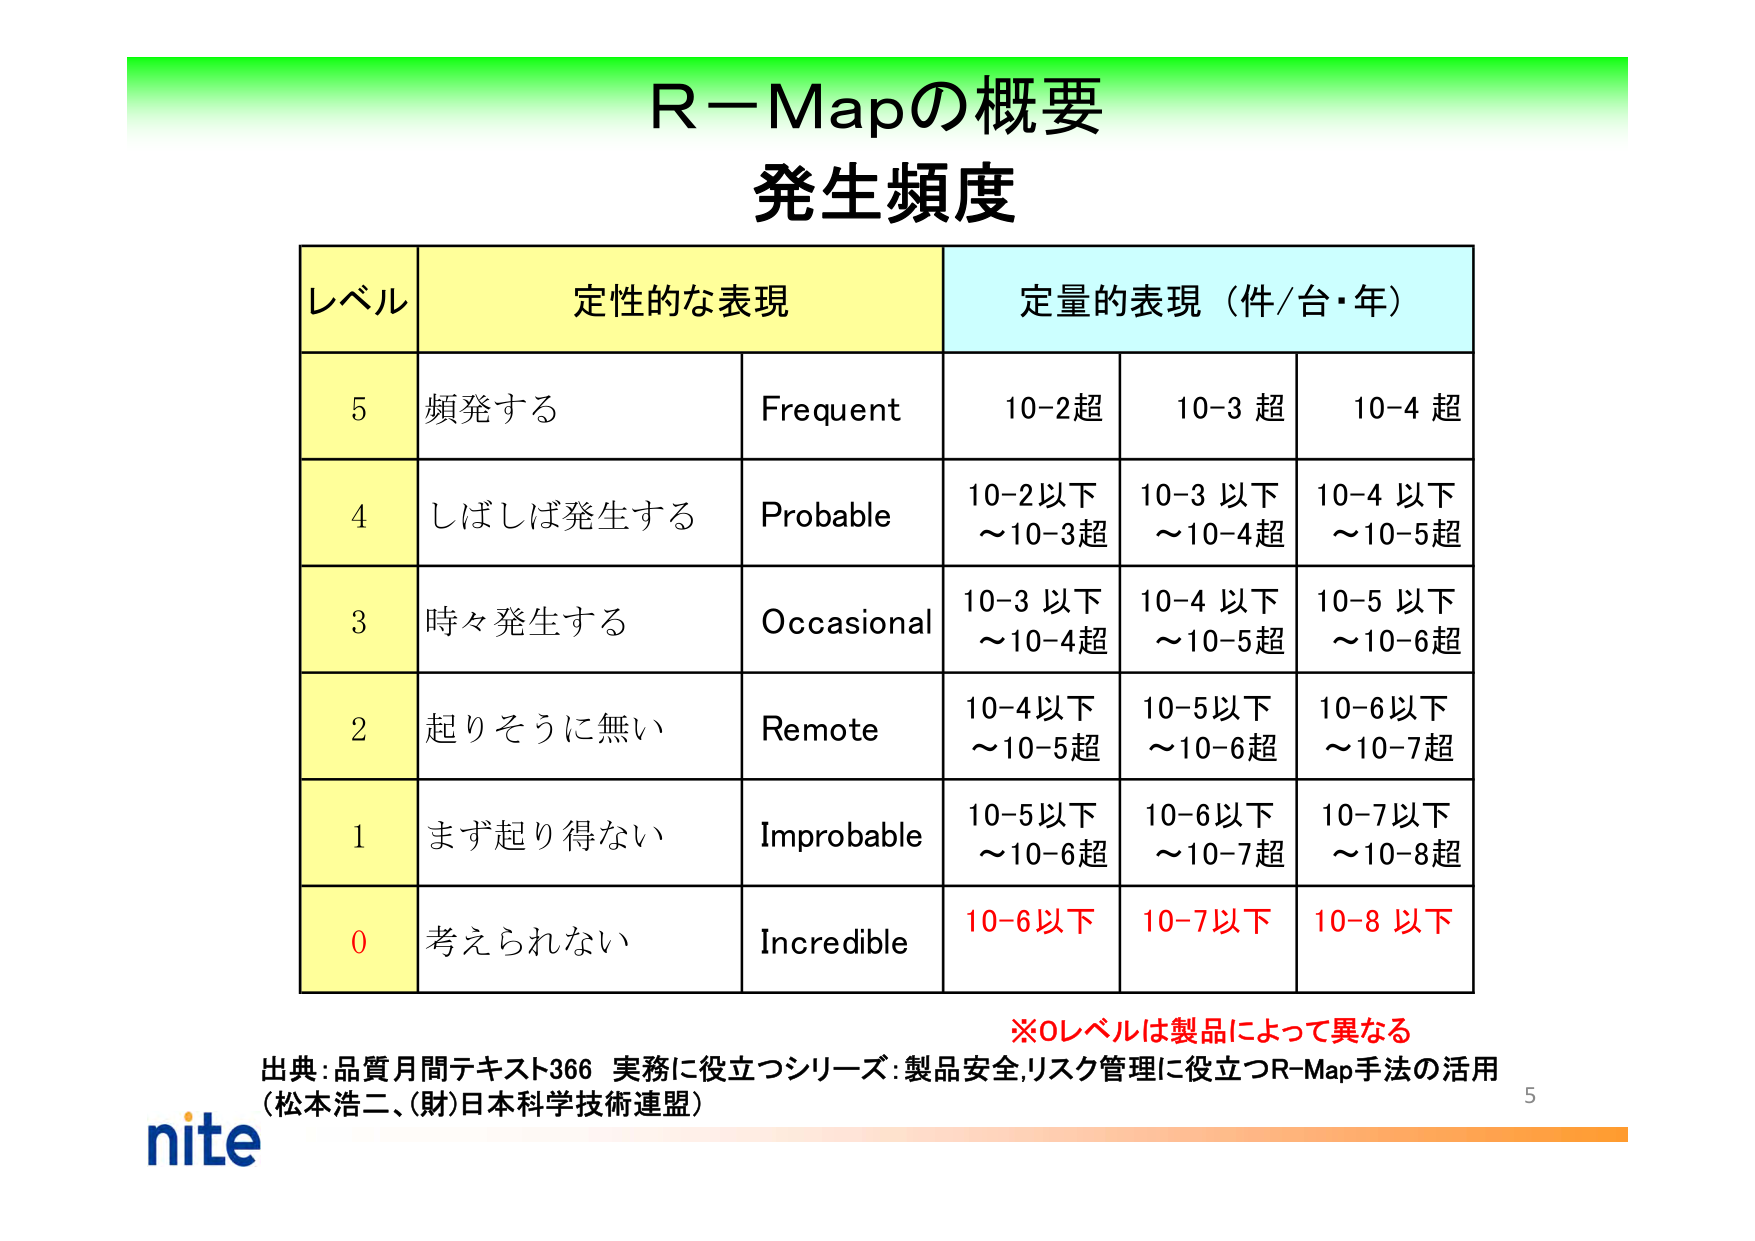
R－Mapの概要
発生頻度

レベル　定性的な表現　定量的表現（件/台・年）

5　頻発する　Frequent　10-2超　10-3 超　10-4 超

4　しばしば発生する　Probable　10-2以下～10-3超　10-3 以下～10-4超　10-4 以下～10-5超

3　時々発生する　Occasional　10-3 以下～10-4超　10-4 以下～10-5超　10-5 以下～10-6超

2　起りそうに無い　Remote　10-4以下～10-5超　10-5以下～10-6超　10-6以下～10-7超

1　まず起り得ない　Improbable　10-5以下～10-6超　10-6以下～10-7超　10-7以下～10-8超

0　考えられない　Incredible　10-6以下　10-7以下　10-8 以下

※0レベルは製品によって異なる

出典：品質月間テキスト366 実務に役立つシリーズ：製品安全,リスク管理に役立つR-Map手法の活用
（松本浩二、(財)日本科学技術連盟）

nite
5